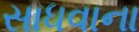
સાધવાના